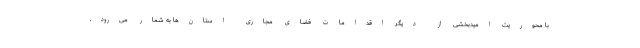
با محوریت امیدبخشی از دیگر اقدامات فضای مجازی استان‌ها به شمار می‌رود.